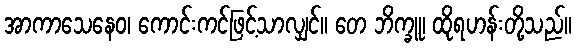
အာကာသေနေဝ၊ ကောင်းကင်ဖြင့်သာလျှင်။ တေ ဘိက္ခူ၊ ထိုရဟန်းတို့သည်။